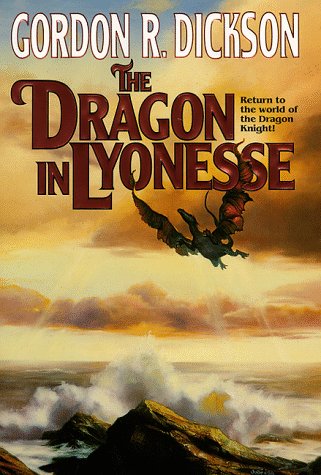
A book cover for The Dragon in Lyonesse; Gordon R. Dickson; Science Fiction & Fantasy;